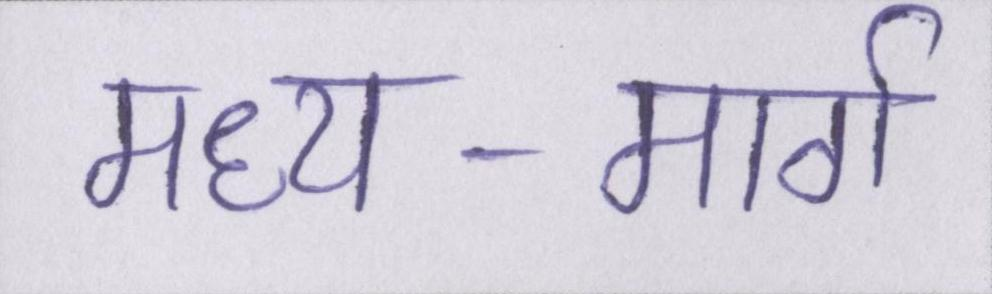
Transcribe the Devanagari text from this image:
मध्य-मार्ग